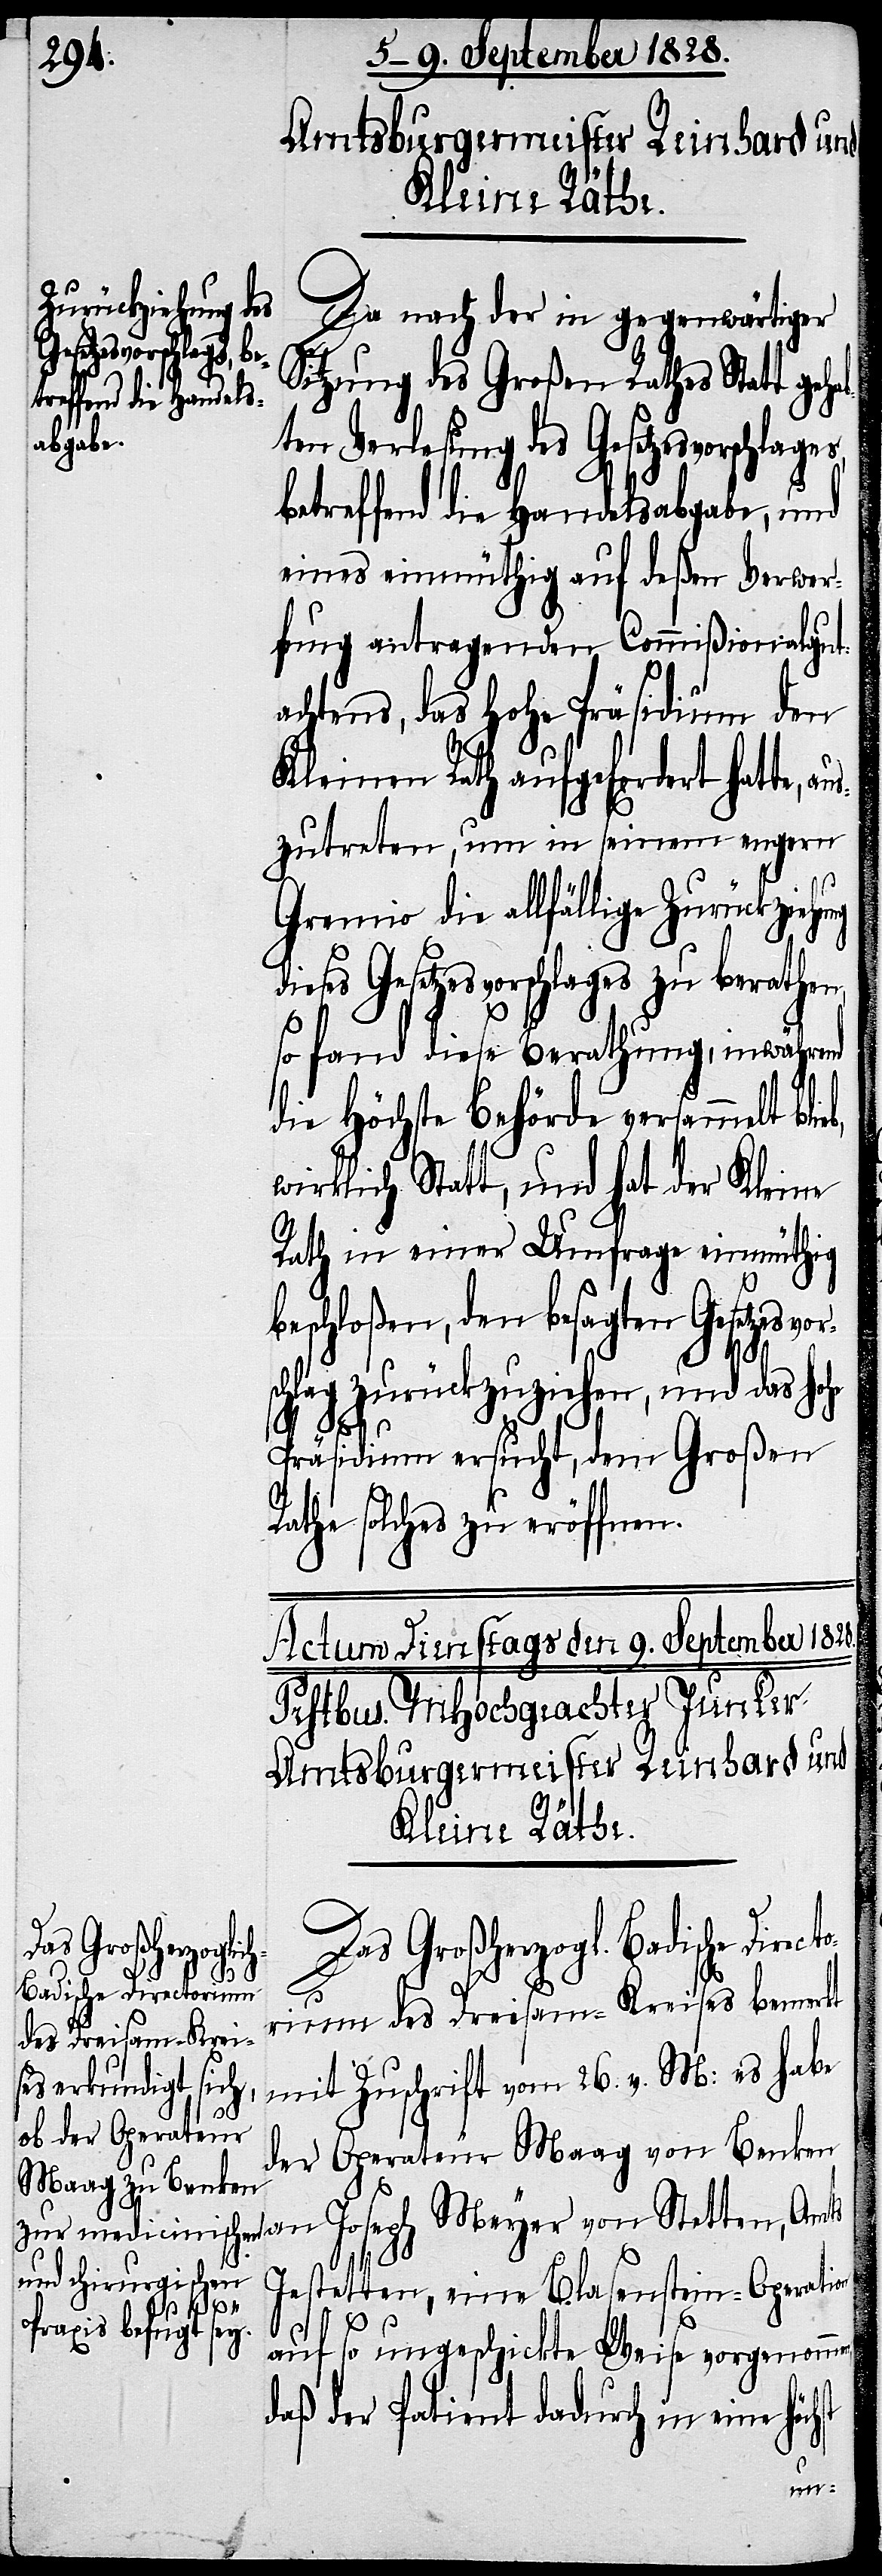
Da nach der in gegenwärtiger
Meyer von Stett¬
Sitzung des Großen Rathes Statt geh¬
ten Verlesung des Gesetzesvorschl¬
betreffend die Handelsabgabe, und
eines einmüthig auf deßen Verwer¬
fung antragenden Commißionalgut¬
achtens, das Hohe Präsidium den
Kleinen Rath aufgefordert hatte,
zutreten, um in seinem engern
Gremio die allfällige Zurückziehung
Gesetzesvorschlages zu berathen,
so fand diese Berathung, inwährend
die Höchste Behörde versammelt bli¬
wirklich Statt, und hat der Kleine
Rath in einer Umfrage einmüthig
beschloßen, den besagten Gesetzesv¬
schlag zurückzuziehen, und das hohe
Amts
Joseph
Präsidium ersucht, dem Großen
Rathe solches zu eröffnen.
Das Großherzogl.
Badische Directori¬
um des Dreisam-Kreises bemerkt
mit Zuschrift vom 26. v. M: es habe
der Operateur Maag von Benken
Jestetten, eine Blasenstein-Operation
auf so ungeschickte Weise vorgenomm¬
daß der Patient dadurch in eine höch¬
st